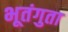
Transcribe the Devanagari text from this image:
भूतंगुता